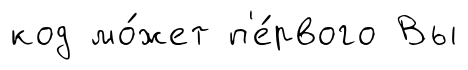
код мо́жет п'е́рвого Вы